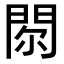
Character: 𨳴